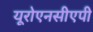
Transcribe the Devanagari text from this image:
यूरोएनसीएपी